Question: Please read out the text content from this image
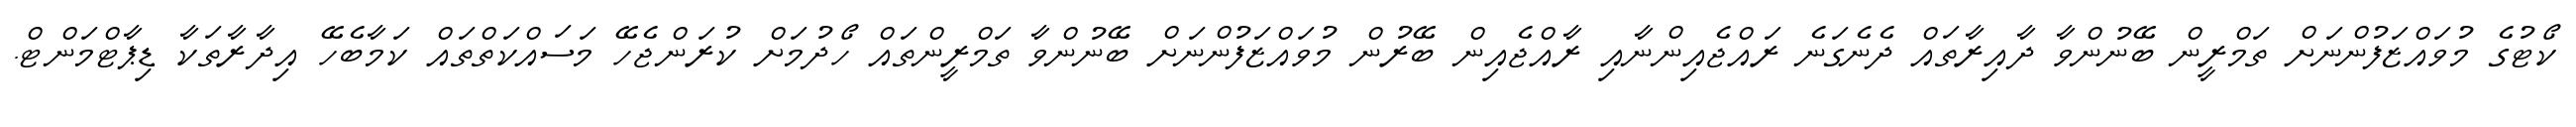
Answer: ކޯޓުގެ މުވައްޒަފުންނަށް ތަމްރީން ބޭނުންވާ ދާއިރާތައް ދެނެގަނެ ރައްޖެއިންނާއި ރާއްޖެއިން ބޭރުން މުވައްޒަފުންނަށް ބޭނުންވާ ތަމްރީންތައް ހޯދުމަށް ކުރަންޖެހޭ މަސައްކަތްތައް ކަމާބެހޭ އިދާރާތަކާ ޑިޕާޓްމަންޓް.